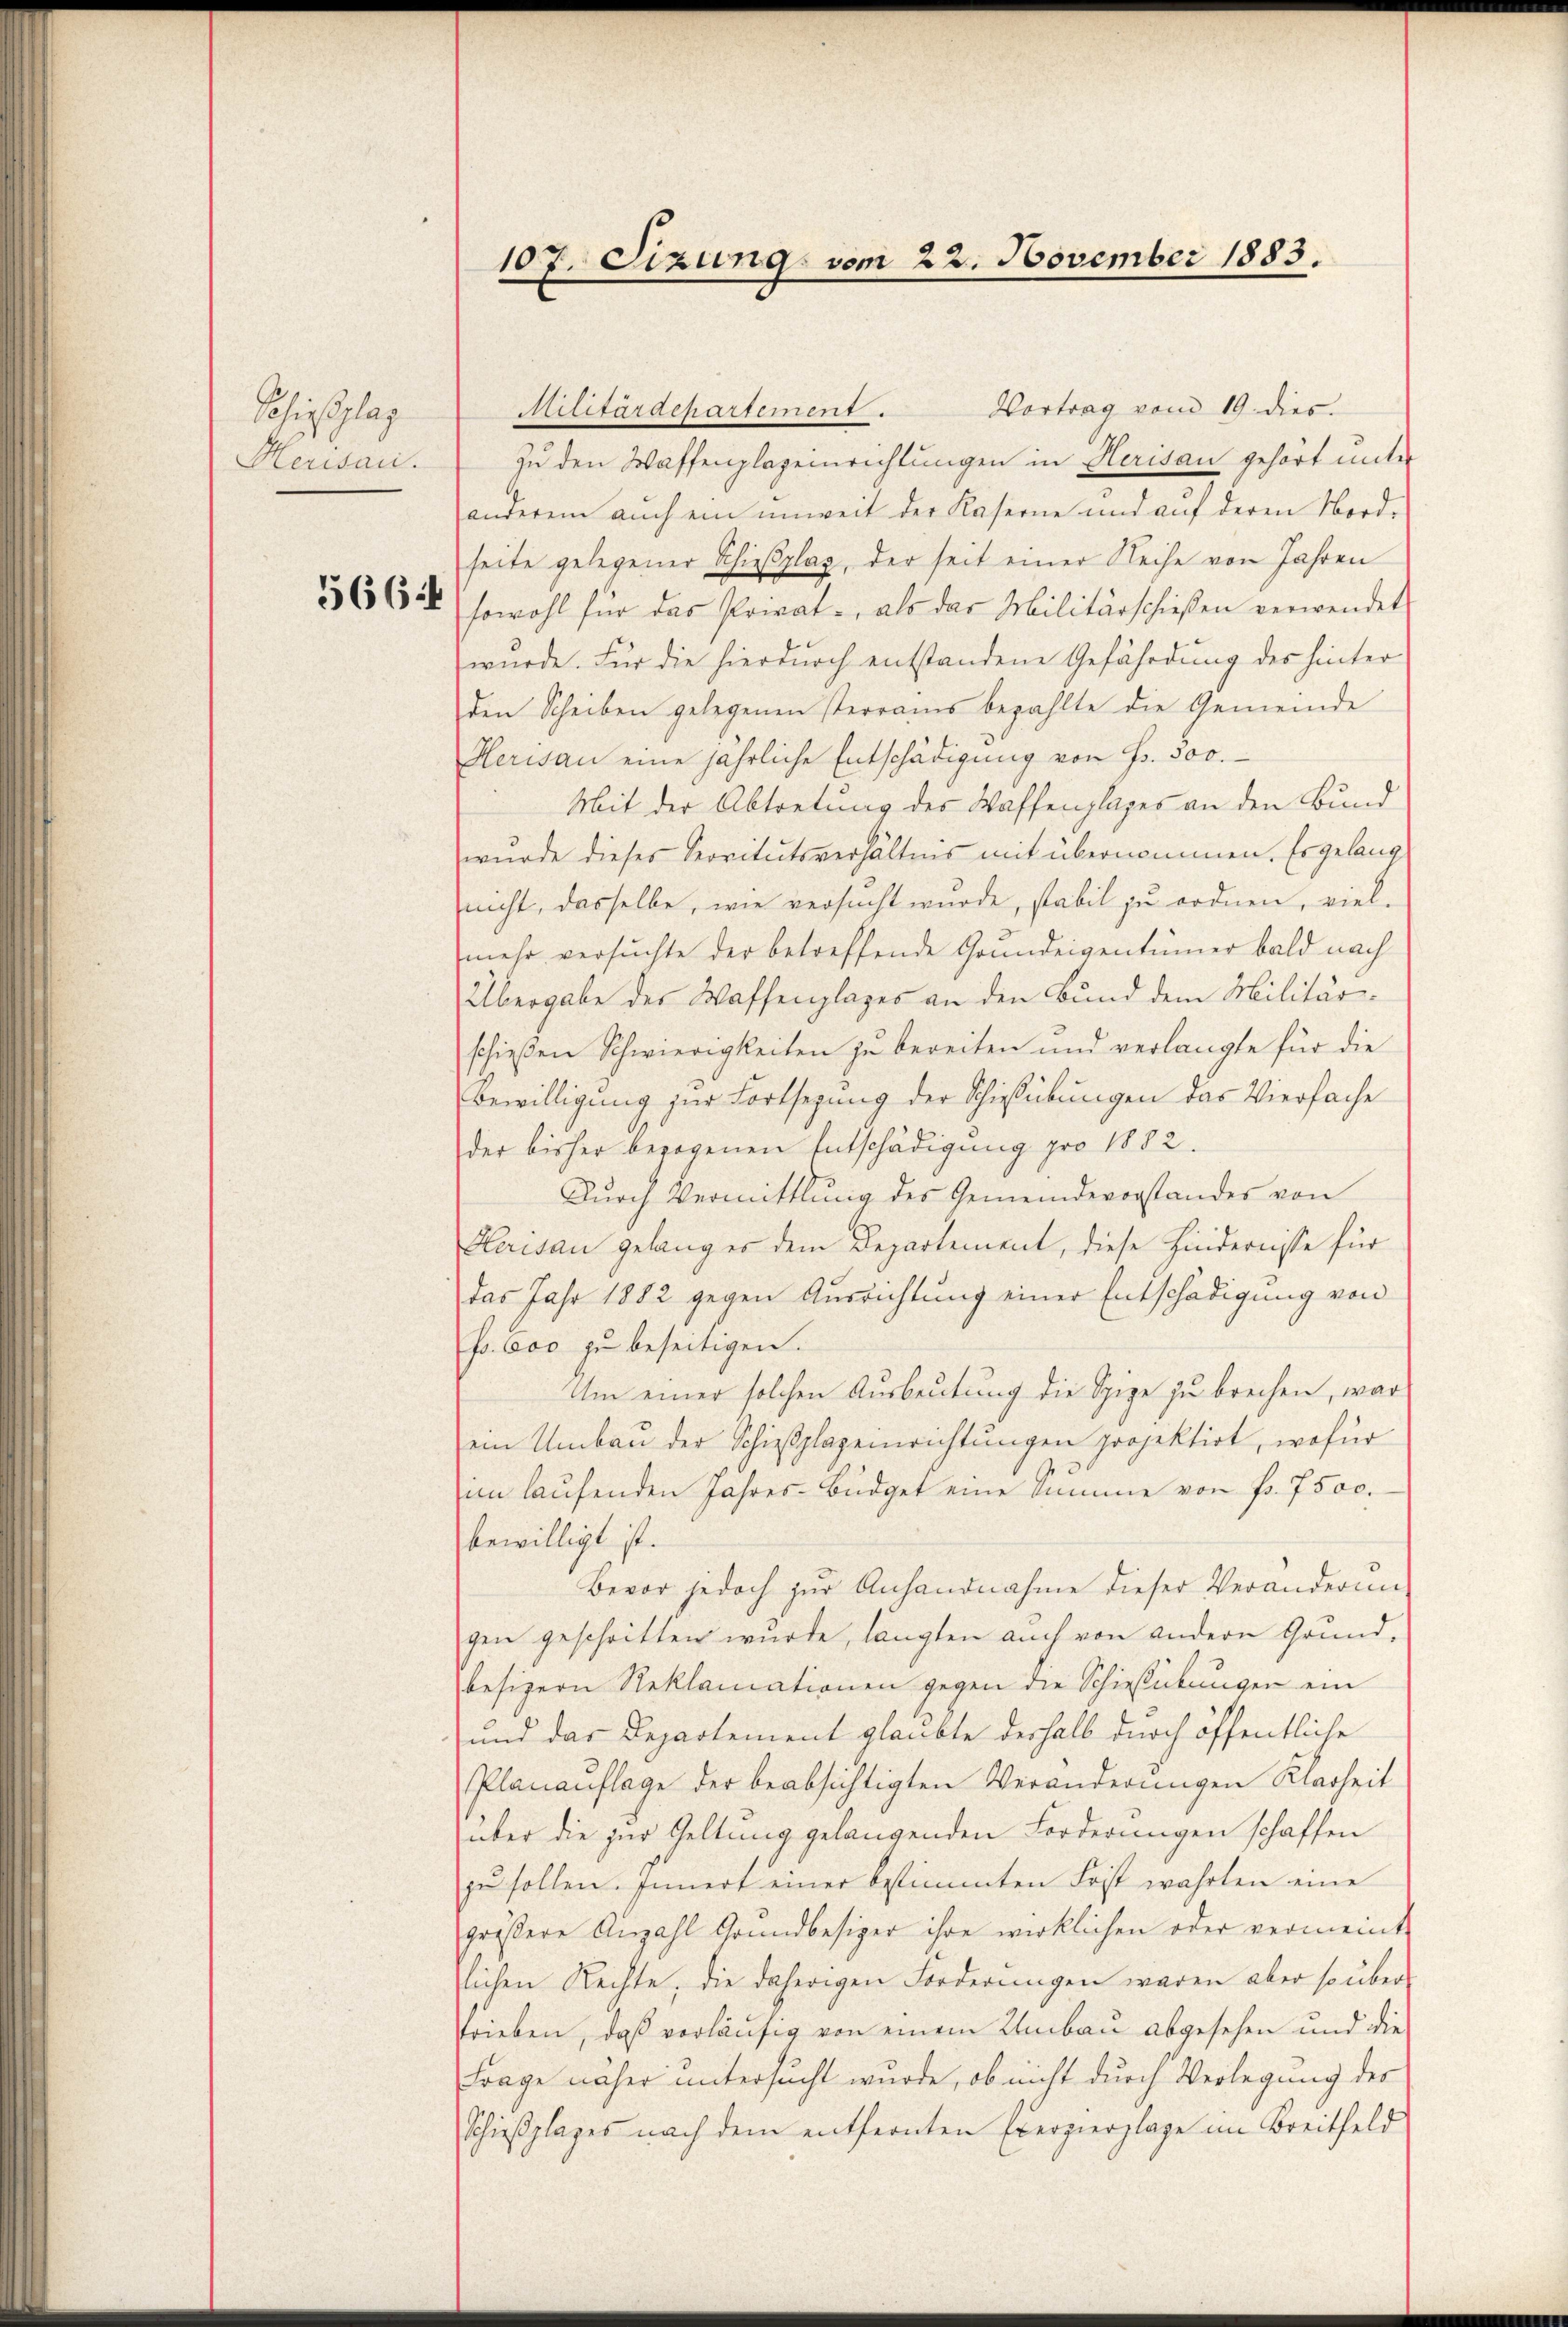
Sheisschlag
Herisau.

566

107. Sizung vom 22. November 1883.

Vortrag vom 19. dies
zu den Waffenplazeinrichtungen in Herisau gehört unter
anderem auch ein unweit der Käserne und auf deren Nordseite gelegener Schießplaz, der seit einer Reihe von Jahren
sowohl für das Privat- als das Militärschießen verwendet
würde. Für die hierdurch entstandene Gefährdung des hinter
den Scheiben gelegenen sterrains bezahlte die Gemeinde
Herisau eine jährliche Entschädigung von Fr. 500.
Mit der Abtretung des Waffenplages an den Bund
wurde dieses Servitutsverhältnis mit übernommen. Es gelang
nicht, dasselbe, wie versucht wurde, stabil zu ordnen, viel-
mehr versuchte der betreffende Grundeigentümer bald nach
Übergabe des Waffenplazes an den Bund dem Militärschießen Schwierigkeiten zu bereiten und verlangte für die
Bewilligung zur Fortsezung der Schießübungen das Vierfache
der bisher bezogenen Entschädigung pro 1882.
Durch Vermittlung des Gemeindevorstandes von
Klerisau gelanges dem Departement, diese Hindernisse für
das Jahr 1882 gegen Ausrichtung einer Entschädigung von
fr. 600 zu beseitigen.
Um einer solchen Ausbeutung die Spize zu brechen, war
ein Umbau der Schießplazeinrichtungen projektirt, wofür
im laŭfenden Jahres-Büdget eine Summe von fr. 7500.
bewilligt ist.
Bevor jedoch zur Anhandnahme dieser Veränderung
gen geschritten wurde, langten auch von andern Grund-
besizern Reklamationen gegen die Schießübungen ein
und das Departement glaubte deshalb durch öffentliche
Planauflage der beabsichtigten Veränderungen Klarheit
über die zur Geltung gelangenden Forderungen schaffen
zŭ sollen. Innert einer bestimmten Frist wahrten eine
größere Anzahl Grundbesizer ihre wirklichen oder vermeint
lichen Rechte, die daherigen Forderungen waren aber so über-
trieben, daß vorläufig von einem Umbau abgesehen und die
Frage näher untersucht wurde, ob nicht durch Verlegung des
Schießplages nach dem entfernten Exerzierplage im Breitfeld

Militärdepartement.